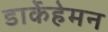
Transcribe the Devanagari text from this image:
डार्केहेमन